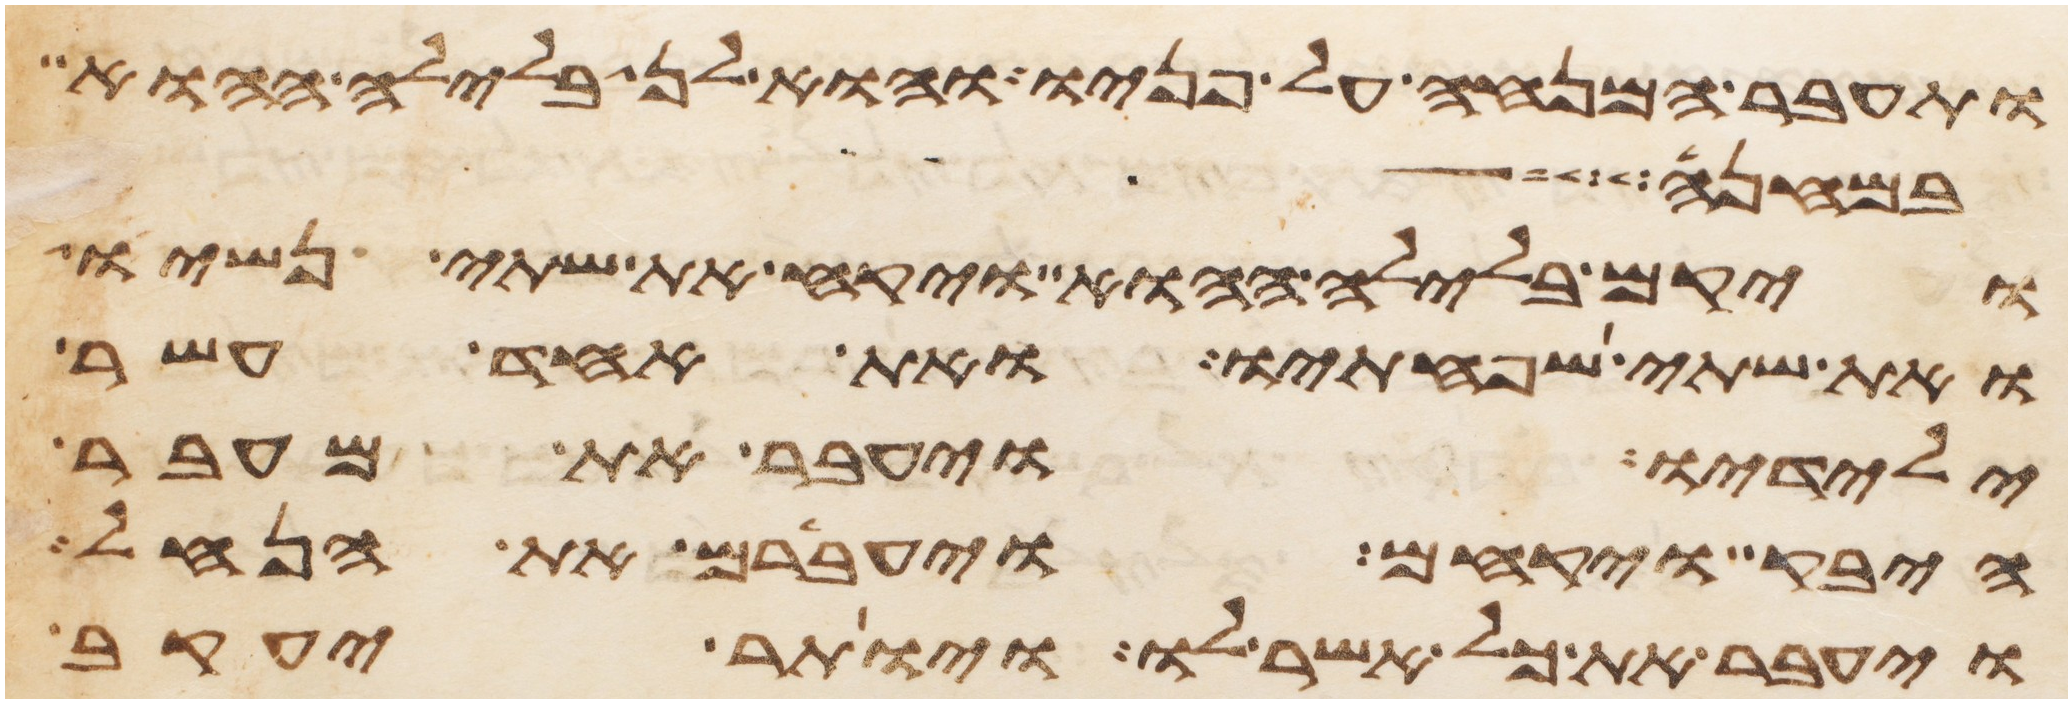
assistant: ותעבר המנחה על פניו והוא לן בלילה ההוא
במחנה
ויקם בלילה ההוא ויקח את שתי נשיו
ואת שתי שפחתיו ואת אחד עשר
ילידיו ויעבר את מעבר
היבק ויקחם ויעברם את הנחל
ויעבר את כל אשר לו ויותר יעקב